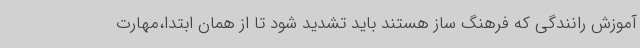
آموزش رانندگی که فرهنگ ساز هستند باید تشدید شود تا از همان ابتدا،مهارت